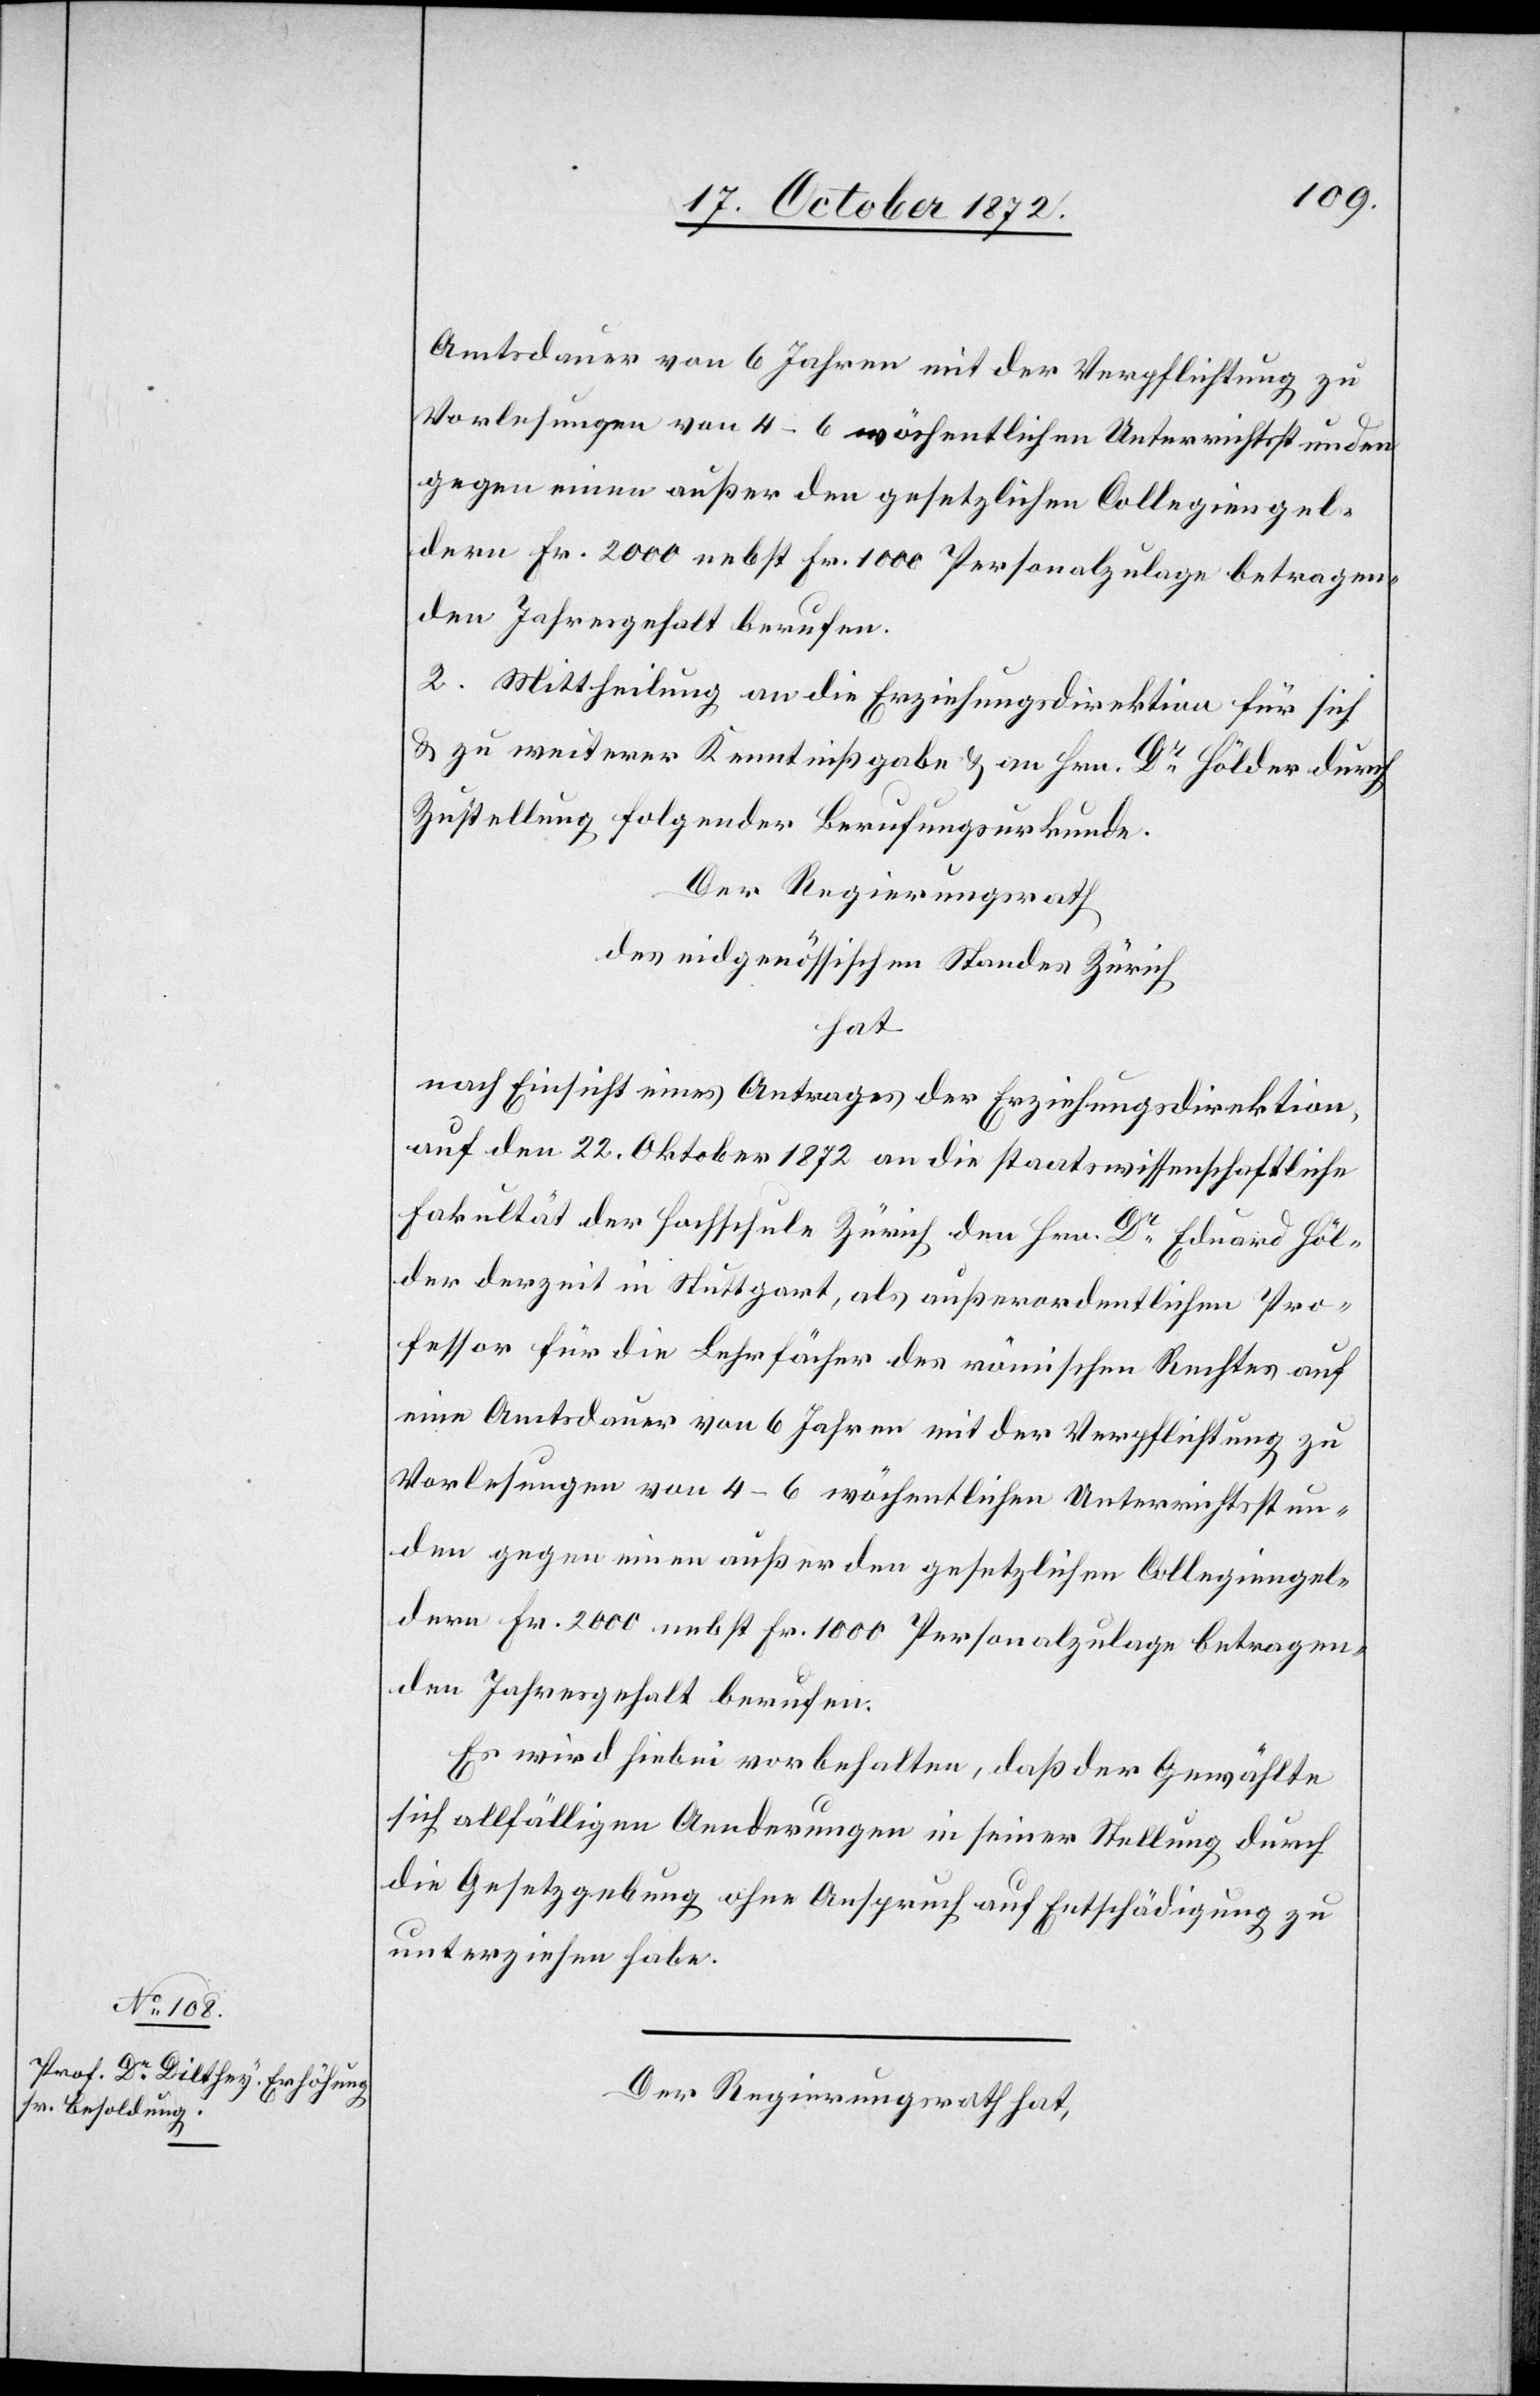
Amtsdauer von 6 Jahren mit der Verpflichtung zu
Vorlesungen zu 4–6 wöchentlichen Unterrichtsstunden
gegen einen außer den gesetzlichen Collegiengel¬
dern Fr. 2000 nebst Fr. 1000 Personalzulage betragen¬
den Jahresgehalt berufen.
2. Mittheilung an die Erziehungsdirektion für sich
u. zu weiterer Kenntnißgabe u. an Hrn. Dr Hölder durch
Zustellung folgender Berufungsurkunde.
Der Regierungsrath
des eidgenössischen Standes Zürich
hat
nach Einsicht eines Antrages der Erziehungsdirektion,
auf den 22. Oktober 1872 an die staatswissenschaftliche
Fakultät der Hochschule Zürich den Hrn. Dr Eduard Höl¬
der derzeit in Stuttgart, als außerordentlichen Pro¬
fessor für die Lehrfächer des römischen Rechtes auf
eine Amtsdauer von 6 Jahren mit der Verpflichtung zu
Vorlesungen von 4–6 wöchentlichen Unterrichtsstun¬
den gegen einen außer den gesetzlichen Collegiengel¬
Es wird hiebei vorbehalten, daß der Gewählte
sich allfälligen Aenderungen in seiner Stellung durch
die Gesetzgebung ohne Anspruch auf Entschädigung zu
unterziehen habe,
Der Regierungsrath hat,